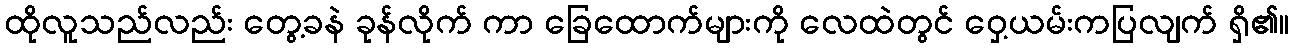
ထိုလူသည်လည်း တွေ့ခနဲ ခုန်လိုက် ကာ ခြေထောက်များကို လေထဲတွင် ဝှေ့ယမ်းကပြလျက် ရှိ၏။